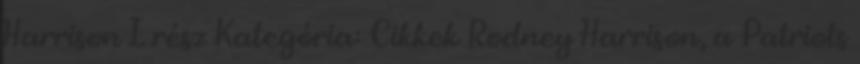
Harrison I. rész Kategória: Cikkek Rodney Harrison, a Patriots